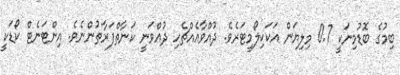
ބިމުގެ ބޮޑުމިނަކީ 0.7 މިލިޔަން އަކަކިލޯމީޓަރެވެ. ދުއްވާއެއްޗެހި ދުއްވަނީ ކަނާތްފަރާތުންނެވެ. އިންޓަނެޓް ކޯޑަކީ